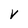
Character: V